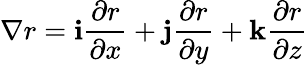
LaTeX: \nabla r={\mathbf{i}\frac{\partial r}{\partial x}+\mathbf{j}\frac{\partial r}{\partial y}+\mathbf{k}\frac{\partial r}{\partial z}}